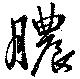
膿